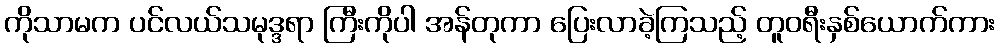
ကိုသာမက ပင်လယ်သမုဒ္ဒရာ ကြီးကိုပါ အန်တုကာ ပြေးလာခဲ့ကြသည့် တူဝရီးနှစ်ယောက်ကား